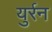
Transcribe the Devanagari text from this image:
युर्रन